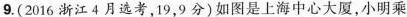
9.(2016浙江4月选考，19，9分)如图是上海中心大厦，小明乘